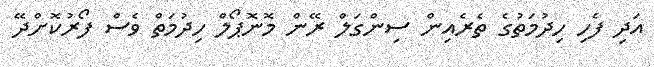
އަދި ފެހި ހިދުމަތުގެ ތެރެއިން ސިންގަލް ރޭން މޮނޮޕޯލް ހިދުމަތް ވެސް ފޯރުކޮށްދޭ